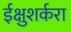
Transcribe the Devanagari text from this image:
ईक्षुशर्करा